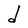
Character: d